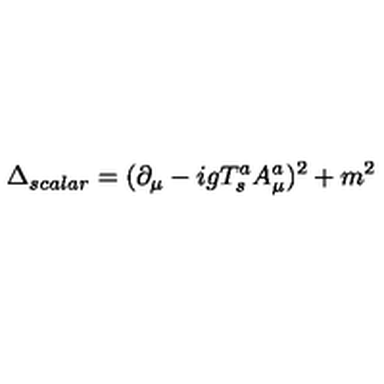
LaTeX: \Delta _ { s c a l a r } = ( \partial _ { \mu } - i g T _ { s } ^ { a } A _ { \mu } ^ { a } ) ^ { 2 } + m ^ { 2 }